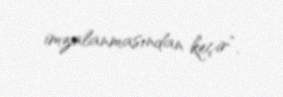
imzalanmasından keçir”.